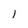
Character: l